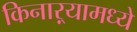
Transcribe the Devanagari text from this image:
किनाऱ्यामध्ये